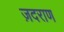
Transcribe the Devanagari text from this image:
ज़दराण